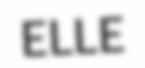
ELLE